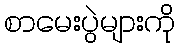
စာမေးပွဲများကို